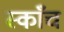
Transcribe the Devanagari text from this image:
स्काँच